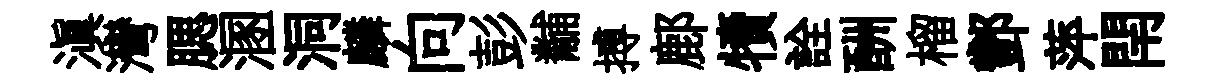
滇灣腮溷洞麟向彭黼搏鄜犢詮酬榴酆萍閈